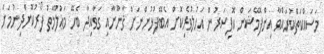
މަސައްކަތްކުރައްވާ އިންފޮމޭޝަން އޮފިސަރުން އަހުލުވެރިކޮށް އެބޭފުޅުންނަށް ޤާނޫނާއި ގަވާއިދާ ބެހޭ މަޢުލޫމާތު ފޯރުކޮށްދިނުމަށް